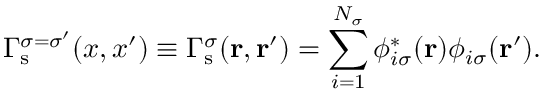
\Gamma _ { \mathrm { s } } ^ { \sigma = \sigma ^ { \prime } } ( x , x ^ { \prime } ) \equiv \Gamma _ { \mathrm { s } } ^ { \sigma } ( \mathbf { r } , \mathbf { r } ^ { \prime } ) = \sum _ { i = 1 } ^ { N _ { \sigma } } \phi _ { i \sigma } ^ { * } ( \mathbf { r } ) \phi _ { i \sigma } ( \mathbf { r } ^ { \prime } ) .